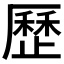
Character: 歷